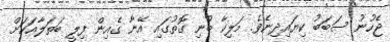
ޖެހުނު ސަބަބު ކިޔައިދިނެވެ. މަލިކާ ބުނި ގޮތުގައި އޭނާ ގެއިން ފިލީ ބަތަލާއަކަށް